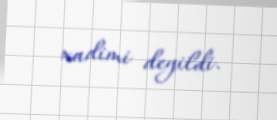
xadimi deyildi.